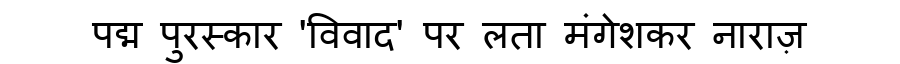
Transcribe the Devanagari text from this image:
पद्म पुरस्कार 'विवाद' पर लता मंगेशकर नाराज़